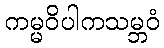
ကမ္မဝိပါကသမ္ဘဝံ